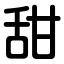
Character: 甜